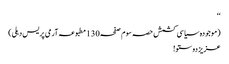
‘‘
(موجودہ سیاسی کشمش حصہ سوم صفحہ130مطبوعہ آرمی پریس دہلی)
عزیز دوستو!